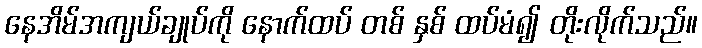
နေအိမ်အကျယ်ချုပ်ကို နောက်ထပ် တစ် နှစ် ထပ်မံ၍ တိုးလိုက်သည်။